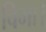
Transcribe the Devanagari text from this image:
विभा।